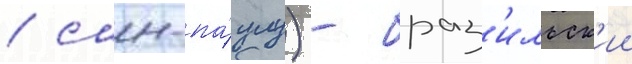
/ сан-па́улу) - браз'ильск'ии